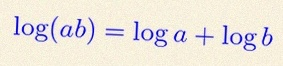
\log(ab)=\log a+\log b